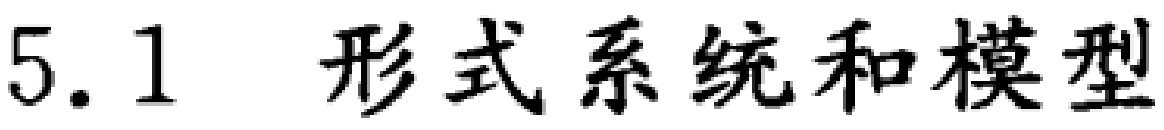
5.1 形式系统和模型